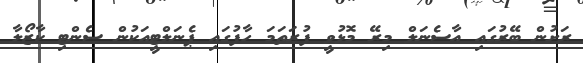
ރަށުން ބޭރުގައި އާސެނަލް މިރޭ މޮޅުވީ ފުރަތަމަ ހާފުގައި ޕެނަލްޓީއަކުން ސެންޓި ކާޒޯލާ